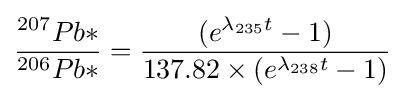
{^{207}Pb* \over ^{206}Pb*}={(e^{\lambda _{235}t}-1) \over 137.82\times (e^{\lambda _{238}t}-1)}